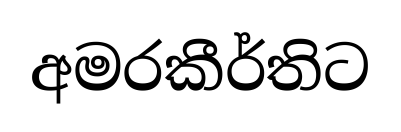
අමරකීර්තිට